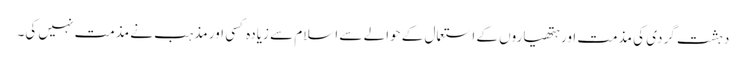
دہشت گردی کی مذمت اور ہتھیاروں کے استعمال کے حوالے سے اسلام سے زیادہ کسی اور مذہب نے مذمت نہیں کی۔